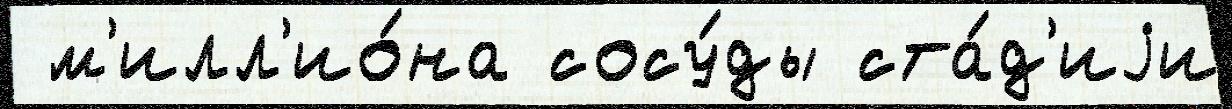
 м'илл'ио́на сосу́ды ста́д'иjи